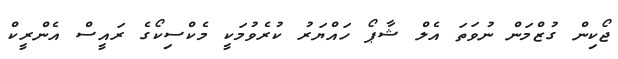
ޖޯކިން ގުޒްމަން ނުވަތަ އެލް ޝާޕޯ ހައްޔަރު ކުރެވުމަކީ މެކްސިކޯގެ ރައީސް އެންރީކް